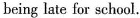
being late for school.